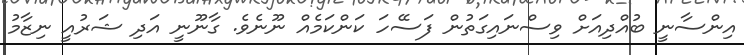
އިންސާނީ ބުއްދިއަށް ވިސްނައިގަތުން ފަސޭހަ ކަންކަމެއް ނޫނެވެ. ގާނޫނީ އަދި ޝަރުއީ ނިޒާމު